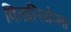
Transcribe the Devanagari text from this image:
वितालियेव्ना